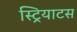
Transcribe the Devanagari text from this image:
स्ट्रियाटस